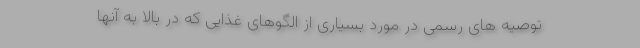
توصیه های رسمی در مورد بسیاری از الگوهای غذایی که در بالا به آنها